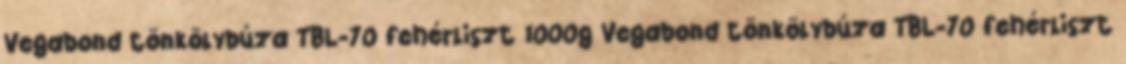
Vegabond tönkölybúza TBL-70 fehérliszt 1000g Vegabond tönkölybúza TBL-70 fehérliszt